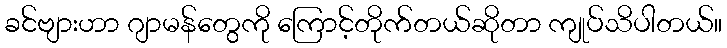
ခင်ဗျားဟာ ဂျာမန်တွေကို ကြောင့်တိုက်တယ်ဆိုတာ ကျုပ်သိပါတယ်။